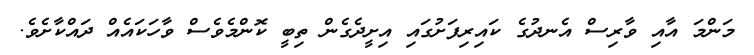
މަންމަ އާއި ވާރިސް އެނދުގެ ކައިރިފަށުގައި އިށީދެގެން ތިބީ ކޮންމެވެސް ވާހަކައެއް ދައްކާށެވެ.